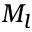
M _ { l }